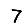
Digit: 7